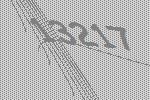
13217